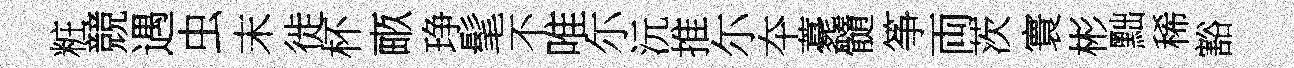
粧競遇虫末徙杯畞琤髦不唯尓沅推尓夲薧髓筝両茨寰彬黜稀豁